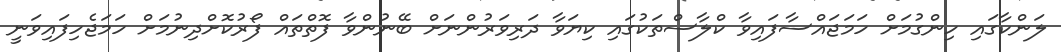
ލަންކާގައި ހިންގުމަށް ހަމަޖައްސާފައިވާ ކްލާސްތަކުގައި ކިޔަވާ ދަރިވަރުންނަށް ބޭނުންވާ ފޮތްތައް ފޯރުކޮށްދިނުމަށް ހަމަޖެހިފައިވަނީ